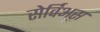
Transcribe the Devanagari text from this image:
सेर्विअस